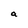
Character: a